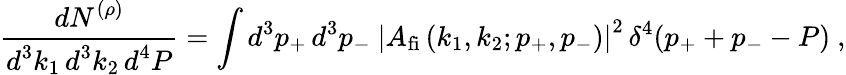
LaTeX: \frac{\displaystyle dN^{(\rho)}}{\displaystyle d^{3}k_{1}\, d^{3}k_{2}\, d^{4}P}=\int d^{3}p_{+}\, d^{3}p_{-}~\left|A_{\mathrm{fi}}\left(k_{1},k_{2};p_{+},p_{-}\right)\right|^{2}\, \delta^{4}(p_{+}+p_{-}-P)\ ,